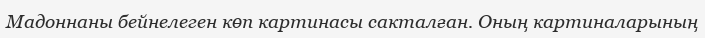
Мадоннаны бейнелеген көп картинасы сакталған. Оның картиналарының